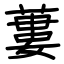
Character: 蔞